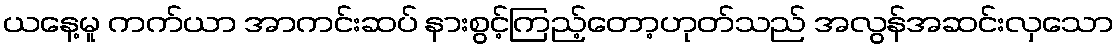
ယနေ့မူ ကက်ယာ အာကင်းဆပ် နားစွင့်ကြည့်တော့ဟုတ်သည် အလွန်အဆင်းလှသော